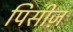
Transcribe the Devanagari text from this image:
पिसीज़